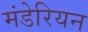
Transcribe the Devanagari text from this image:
मंडेरियन